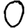
Digit: 0